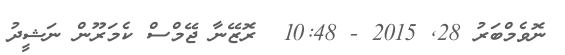
ނޮވެމްބަރު 28